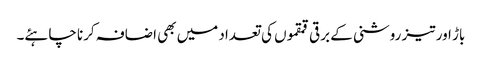
باڑ اور تیز روشنی کے برقی قمقموں کی تعداد میں بھی اضافہ کرنا چاہئے۔